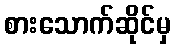
စားသောက်ဆိုင်မှ